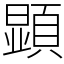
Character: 顕